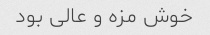
خوش مزه و عالی بود